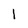
Character: l